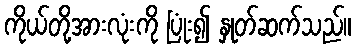
ကိုယ်တို့အားလုံးကို ပြုံး၍ နှုတ်ဆက်သည်။